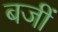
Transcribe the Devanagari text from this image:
बजीं